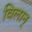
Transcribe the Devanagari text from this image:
विलान्